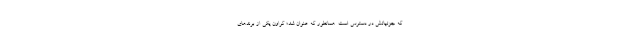
که جزئیاتش در دسترس است. همانطور که عنوان شد؛ کراون یکی از برندهای